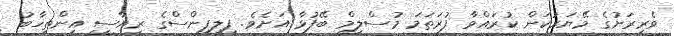
ވެރިރަށުގެ މޭޔަރުކަން ކުރައްވާ ފުރަތަމަ މުސްލިމް ބޭފުޅާ އަށެވެ. ފިލިޕީންސްގެ ރިޔާސީ އިންތިޚާބު